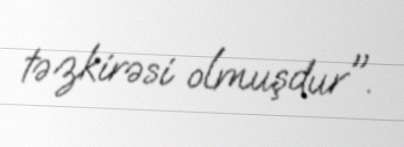
təzkirəsi olmuşdur".